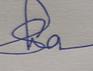
Signature authenticity: genuine